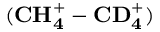
( \mathbf { C H _ { 4 } ^ { + } - C D _ { 4 } ^ { + } } )